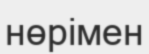
нөрімен